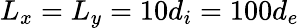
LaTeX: L_{x}=L_{y}=10d_{i}=100d_{e}